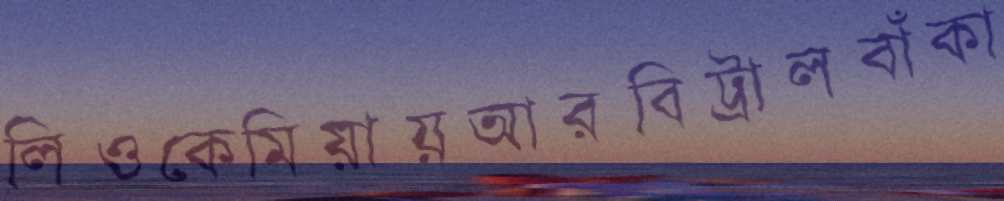
লিওকেমিয়ায়আরবিট্রালবাঁকা